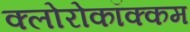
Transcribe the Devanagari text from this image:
क्लोरोकॉक्कम